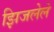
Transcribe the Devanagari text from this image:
झिजलेले